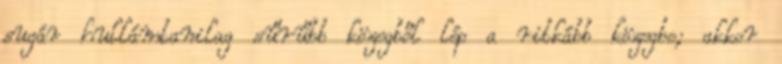
sugár hullámtanilag sűrűbb közegből lép a ritkább közegbe; akkor